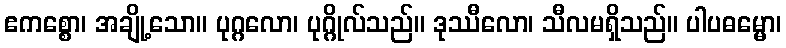
ဧကစ္စော၊ အချို့သော။ ပုဂ္ဂလော၊ ပုဂ္ဂိုလ်သည်။ ဒုဿီလော၊ သီလမရှိသည်။ ပါပဓမ္မော၊